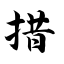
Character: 措